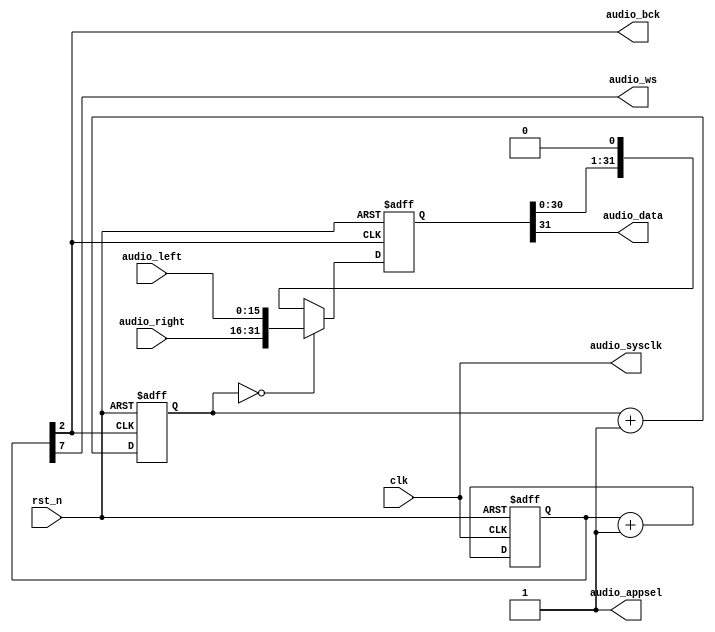
module speaker_control(
  clk,
  rst_n,
  audio_left,
  audio_right,
  audio_appsel,
  audio_sysclk,
  audio_bck,
  audio_ws,
  audio_data
);

input clk;
input rst_n;
input [15:0] audio_left, audio_right;
output audio_appsel;
output audio_sysclk;
output audio_bck;
output audio_ws;
output audio_data;

reg audio_appsel;
reg audio_sysclk;
reg audio_bck;
reg audio_ws;
reg audio_data;
reg [7:0] clk_cnt, clk_cnt_tmp;
reg [31:0] data, data_tmp;
reg [4:0] data_cnt, data_cnt_tmp;

always @*
  audio_appsel = 1'b1;

always @*
  audio_sysclk = clk;

always @*
  clk_cnt_tmp = clk_cnt + 1'b1;

always @(posedge clk or negedge rst_n)
  if (~rst_n)
    clk_cnt <= 8'b0;
  else
    clk_cnt <= clk_cnt_tmp;

always @*
begin
  audio_bck = clk_cnt[2];
  audio_ws = clk_cnt[7];
end

always @*
  data_cnt_tmp = data_cnt + 1'b1;

always @(posedge audio_bck or negedge rst_n)
  if (~rst_n)
    data_cnt = 5'd0;
  else
    data_cnt = data_cnt_tmp;

always @*
  if (data_cnt == 5'd0)
    data_tmp = {audio_right, audio_left};
  else
    data_tmp = {data[30:0], 1'b0};

always @(posedge audio_bck or negedge rst_n)
  if (~rst_n)
    data = 32'd0;
  else
    data = data_tmp;

always @*
  audio_data = data[31];

endmodule